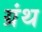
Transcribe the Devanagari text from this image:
ग्रंथ्‍ा